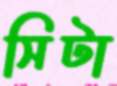
সিটা